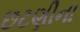
છટણીના